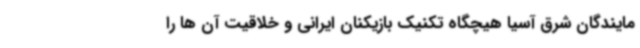
مایندگان شرق آسیا هیچگاه تکنیک بازیکنان ایرانی و خلاقیت آن ها را